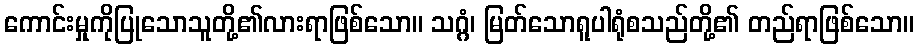
ကောင်းမှုကိုပြုသောသူတို့၏လားရာဖြစ်သော။ သဂ္ဂံ၊ မြတ်သောရူပါရုံစသည်တို့၏ တည်ရာဖြစ်သော။